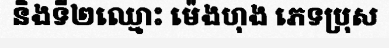
និងទី២ឈ្មោះ ម៉េងហុង ភេទប្រុស